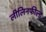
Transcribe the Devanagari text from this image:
लीलिनफील्ड